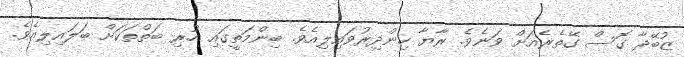
ޒުބޭދާ ގޮސް ގޭތެރެއަށް ވަނެވެ. ރާޔާ ހިންދިރުވައިލިއެވެ. ބިންމަތީގައި ހުރި ބަތްތަކަށް ބަލައިލިއެވެ.